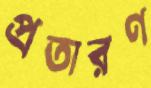
প্রতারণ